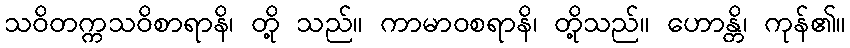
သဝိတက္ကသဝိစာရာနိ၊ တို့ သည်။ ကာမာဝစရာနိ၊ တို့သည်။ ဟောန္တိ၊ ကုန်၏။